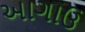
આગાઉ